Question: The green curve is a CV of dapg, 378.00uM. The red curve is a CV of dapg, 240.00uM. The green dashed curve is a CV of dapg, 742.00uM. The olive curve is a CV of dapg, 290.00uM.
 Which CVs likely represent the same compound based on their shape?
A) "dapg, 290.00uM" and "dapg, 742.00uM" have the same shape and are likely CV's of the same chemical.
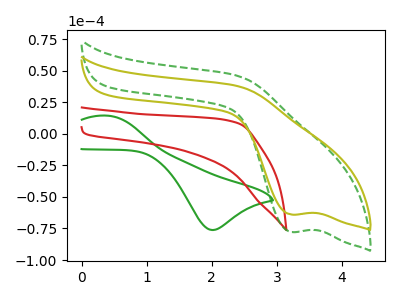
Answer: <think>The green curve "dapg, 378.00uM" has an anodic peak at (0.40V, 14.35uA) and a cathodic peak at (2.00V, -76.25uA). The red curve "dapg, 240.00uM" has no peaks. The green dashed curve "dapg, 742.00uM" has a cathodic peak at: (3.20V, -77.70uA). The olive curve "dapg, 290.00uM" has a cathodic peak at: (3.20V, -63.95uA).
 "dapg, 378.00uM" and "dapg, 240.00uM" have a different number of peaks. "dapg, 378.00uM" and "dapg, 742.00uM" have a different number of peaks. "dapg, 378.00uM" and "dapg, 290.00uM" have a different number of peaks. "dapg, 240.00uM" and "dapg, 742.00uM" have a different number of peaks. "dapg, 240.00uM" and "dapg, 290.00uM" have a different number of peaks. All the peaks in "dapg, 742.00uM" have a peak in "dapg, 290.00uM" at the same potential. Every peak in "dapg, 742.00uM" is higher than every peak in "dapg, 290.00uM".</think>
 <answer>A) "dapg, 290.00uM" and "dapg, 742.00uM" have the same shape and are likely CV's of the same chemical.</answer>
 <eval>A</eval>